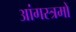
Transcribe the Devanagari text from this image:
आंगस्त्रमों